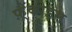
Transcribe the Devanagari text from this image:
फ़्रैंकोइस